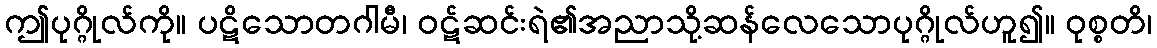
ဤပုဂ္ဂိုလ်ကို။ ပဋိသောတဂါမီ၊ ဝဋ်ဆင်းရဲ၏အညာသို့ဆန်လေသောပုဂ္ဂိုလ်ဟူ၍။ ဝုစ္စတိ၊